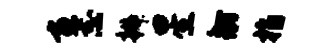
画志辫星舫指